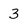
Character: 3